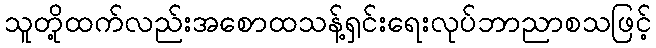
သူတို့ထက်လည်းအစောထသန့်ရှင်းရေးလုပ်ဘာညာစသဖြင့်